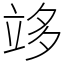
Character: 䇋